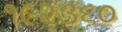
૧૯૨૩૬૦